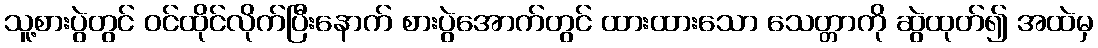
သူ့စားပွဲတွင် ဝင်ထိုင်လိုက်ပြီးနောက် စားပွဲအောက်တွင် ထားထားသော သေတ္တာကို ဆွဲထုတ်၍ အထဲမှ